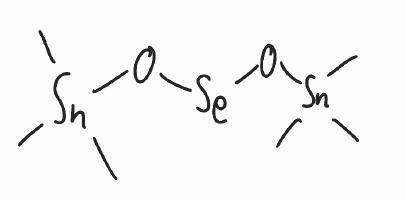
Simplified molecular-input line-entry system (SMILES) notation of the given molecule:
C[Sn](C)(C)O[Se]O[Sn](C)(C)C